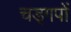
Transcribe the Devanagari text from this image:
चड्गपों